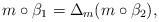
LaTeX: \begin{gather*}m\circ\beta_1=\Delta_m(m\circ\beta_2),\end{gather*}